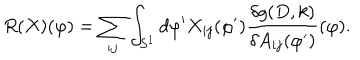
R ( X ) ( \varphi ) = \sum _ { i j } \int _ { S ^ { 1 } } d \varphi ^ { \prime } X _ { i j } ( \varphi ^ { \prime } ) \frac { \delta g ( D , k ) } { \delta A _ { i j } ( \varphi ^ { \prime } ) } ( \varphi ) .